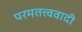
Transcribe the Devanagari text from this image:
परमतत्त्ववादी